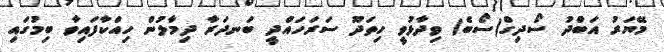
މޭޔަރު އަބްދު ސޯދިގް(ސޯބެ) ވިދާޅުވީ ހިތަދޫ ސަރަހައްދީ ބަނދަރާ ދިމާލުން ހިއްކާފައިވާ ބިމުގައި